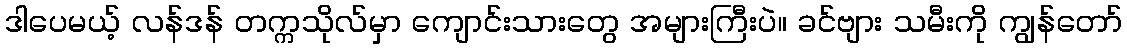
ဒါပေမယ့် လန်ဒန် တက္ကသိုလ်မှာ ကျောင်းသားတွေ အများကြီးပဲ။ ခင်ဗျား သမီးကို ကျွန်တော်